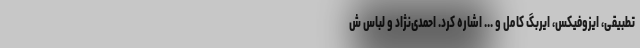
تطبیقی، ایزوفیکس، ایربگ کامل و ... اشاره کرد. احمدی‌نژاد و لباس ش